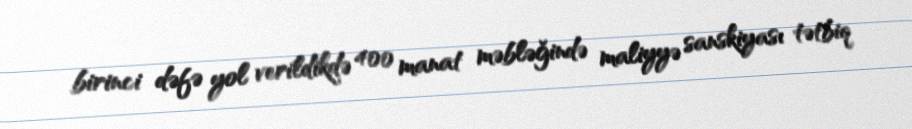
birinci dəfə yol verildikdə 400 manat məbləğində maliyyə sanskiyası tətbiq